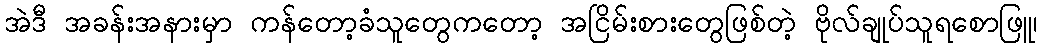
အဲဒီ အခန်းအနားမှာ ကန်တော့ခံသူတွေကတော့ အငြိမ်းစားတွေဖြစ်တဲ့ ဗိုလ်ချုပ်သူရစောဖြူ၊